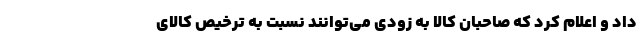
داد و اعلام کرد که صاحبان کالا به زودی می‌توانند نسبت به ترخیص کالای